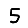
Digit: 5